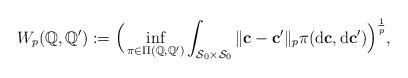
LaTeX: \begin{align*}\begin{gathered}W_p(\mathbb{Q}, \mathbb{Q}'):= \Big(\inf_{\pi \in \Pi(\mathbb{Q}, \mathbb{Q}')} \int_{\mathcal{S}_0 \times \mathcal{S}_0} \Vert \mathbf{c} - \mathbf{c}' \Vert_p \pi( \mbox{\upshape d}\mathbf{c}, \mbox{\upshape d}\mathbf{c}')\Big)^{\frac{1}{p}},\end{gathered}\end{align*}